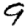
Digit: 9